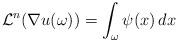
LaTeX: \begin{align*}\mathcal L^n(\nabla u(\omega)) = \int_\omega \psi (x)\, dx\end{align*}